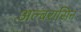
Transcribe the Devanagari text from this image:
अल्बरासिन